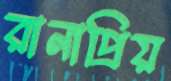
রানাপ্রিয়